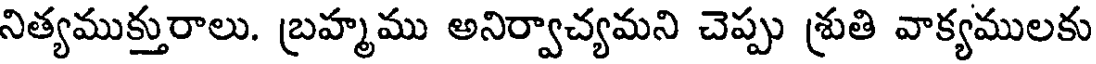
నిత్యముక్తురాలు. బ్రహ్మము అనిర్వాచ్యమని చెప్పు శ్రుతి వాక్యములకు